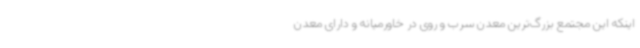
اینکه این مجتمع بزرگ‌ترین معدن سرب و روی در خاورمیانه و دارای معدن